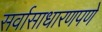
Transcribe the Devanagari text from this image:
सर्वासाधारणपणे